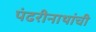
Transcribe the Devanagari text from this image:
पंढरीनाथांची